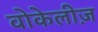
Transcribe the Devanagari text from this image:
वोकेलीज़